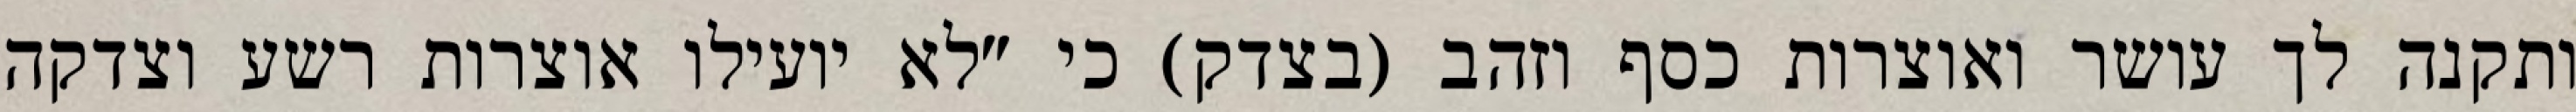
ותקנה לך עושר ואוצרות כסף וזהב (בצדק) כי "לא יועילו אוצרות רשע וצדקה